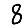
Digit: 8